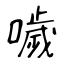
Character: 噦